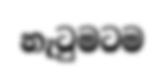
නැටුමටම